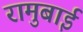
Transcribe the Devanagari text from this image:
रामुबाई